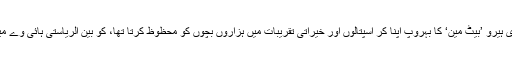
امریکہ کے مشرقی شہر بالٹیمور میں رہنے والا ایک شخص جو افسانوی ہیرو ’بیٹ مین‘ کا بہروپ اپنا کر اسپتالوں اور خیراتی تقریبات میں ہزاروں بچوں کو محظوظ کرتا تھا، کو بین الریاستی ہائی وے میں ایک تیز رفتار گاڑی نے اتوار کی شام ٹکر مار کر ہلاک کر دیا تھا۔